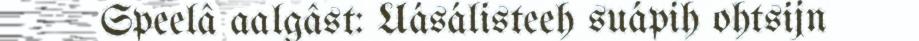
Speelâ aalgâst: Uásálisteeh suápih ohtsijn